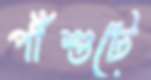
পাঁশুটে